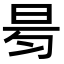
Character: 𣆃